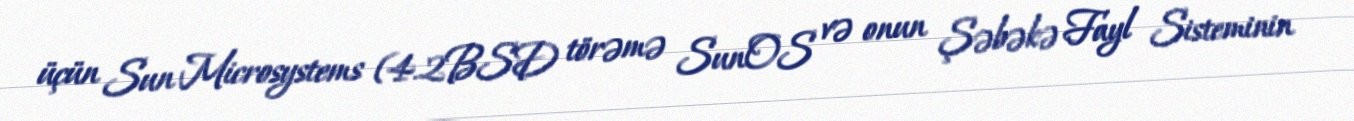
üçün Sun Microsystems (4.2BSD törəmə SunOS və onun Şəbəkə Fayl Sisteminin